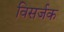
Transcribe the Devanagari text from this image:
विसर्जक